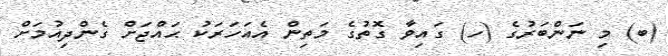
(ބ) މި ނަންބަރުގެ (ހ) ގައިވާ ގޮތުގެ މަތިން އެއަހަރަކު ޙައްޖަށް ގެންދިއުމަށް